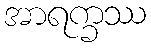
အာရက္ခဿ